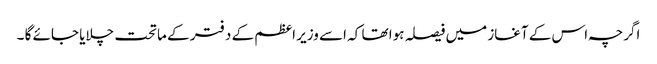
اگرچہ اس کے آغاز میں فیصلہ ہوا تھا کہ اسے وزیر اعظم کے دفتر کے ماتحت چلایا جائے گا ۔